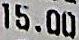
15.00